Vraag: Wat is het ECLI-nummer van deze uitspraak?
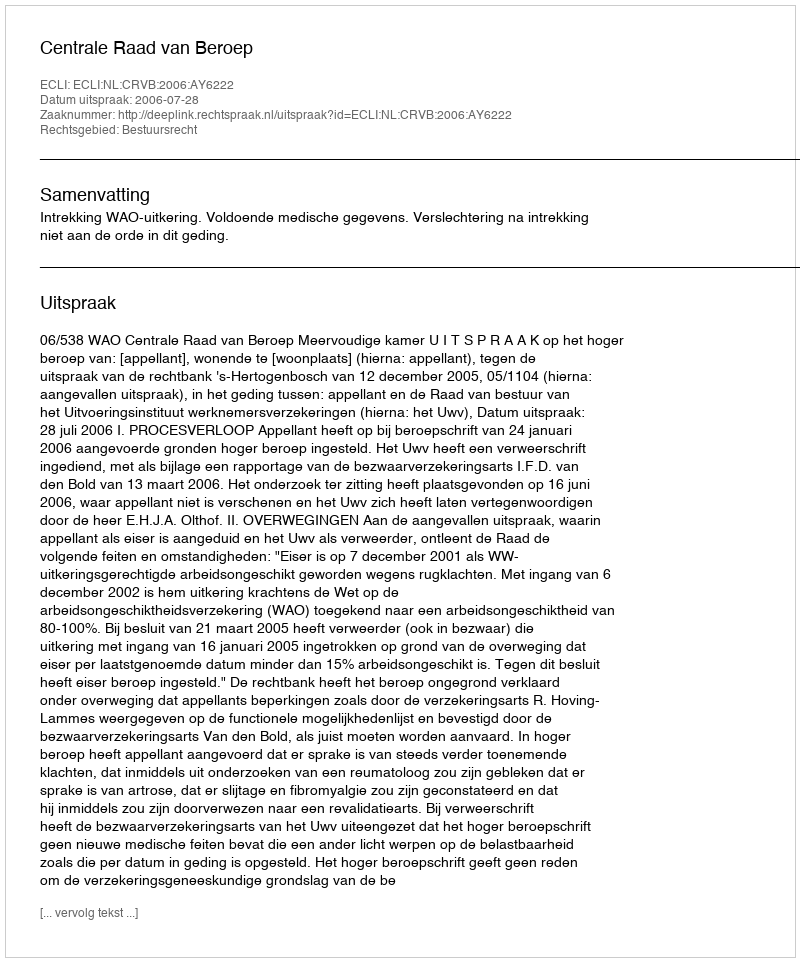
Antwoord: ECLI:NL:CRVB:2006:AY6222